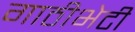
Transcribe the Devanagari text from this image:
गाठीभेटी